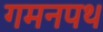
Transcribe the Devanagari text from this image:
गमनपथ